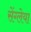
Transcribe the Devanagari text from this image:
सेंग्लेया